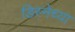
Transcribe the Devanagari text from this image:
डिस्नेच्या